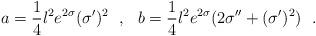
LaTeX: \begin{align*}a=\frac 14 l^2e^{2\sigma} (\sigma')^2~~,~~b=\frac 14 l^2e^{2\sigma} (2\sigma''+(\sigma')^2)~~.\end{align*}